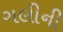
ગલીની